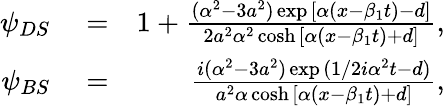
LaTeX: \begin{array}{rlr}{\psi_{DS}}&{{}=}&{1+\frac{(\alpha^{2}-3a^{2})\exp{[\alpha(x-\beta_{1}t)-d]}}{2a^{2}\alpha^{2}\cosh{[\alpha(x-\beta_{1}t)+d]}},}\\ {\psi_{BS}}&{{}=}&{\frac{i(\alpha^{2}-3a^{2})\exp{(1/2i\alpha^{2}t-d)}}{a^{2}\alpha\cosh{[\alpha(x-\beta_{1}t)+d]}},}\end{array}